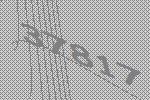
37817